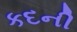
કદની